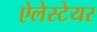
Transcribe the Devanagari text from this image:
ऐलेस्टेयर